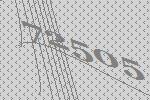
72505